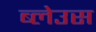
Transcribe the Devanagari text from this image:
ब्लेउस